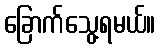
ခြောက်သွေ့ရမယ်။